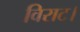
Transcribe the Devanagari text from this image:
विराट।